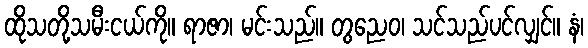
ထိုသတို့သမီးငယ်ကို။ ရာဇာ၊ မင်းသည်။ တွညေဝ၊ သင်သည်ပင်လျှင်။ နံ၊